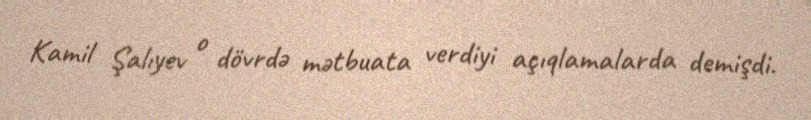
Kamil Şalıyev o dövrdə mətbuata verdiyi açıqlamalarda demişdi.